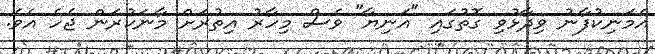
އެމަނިކުފާނު ވިދާޅުވި ގޮތުގައި "އަނިޔާ" ވެސް މިހާރު އިތުރަށް މާނަކުރަން ޖެހެ އެވެ.